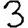
Digit: 3